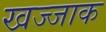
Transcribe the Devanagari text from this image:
खज्जाक